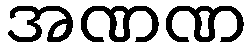
အဏဏ